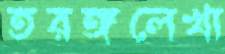
তরঙ্গলেখা